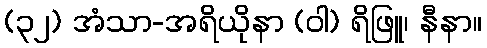
(၃၂) အံသာ-အရိယိုနာ (ဝါ) ရိဖြူ၊ နီနာ။